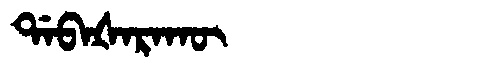
Manchu: ᡩᠠᠪᠠᡧᠠᡵᠠᡴᡡ
Romanization: DABAŠARAKŪ